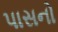
પાસનો